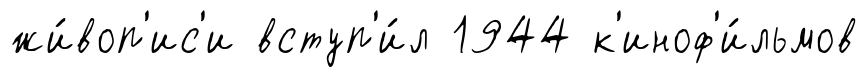
жи́воп'ис'и вступ'и́л 1944 к'иноф'и́льмов